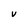
Character: V